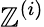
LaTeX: \mathbb{Z}^{(i)}